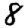
Digit: 8